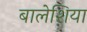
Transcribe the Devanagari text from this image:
बालेशिया